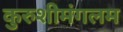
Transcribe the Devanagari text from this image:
कुरुशीमंगलम